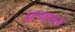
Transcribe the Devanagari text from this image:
प्राणापन्न